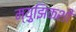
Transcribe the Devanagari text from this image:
म्य़ुझिकशी